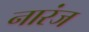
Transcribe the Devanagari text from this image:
नारंज